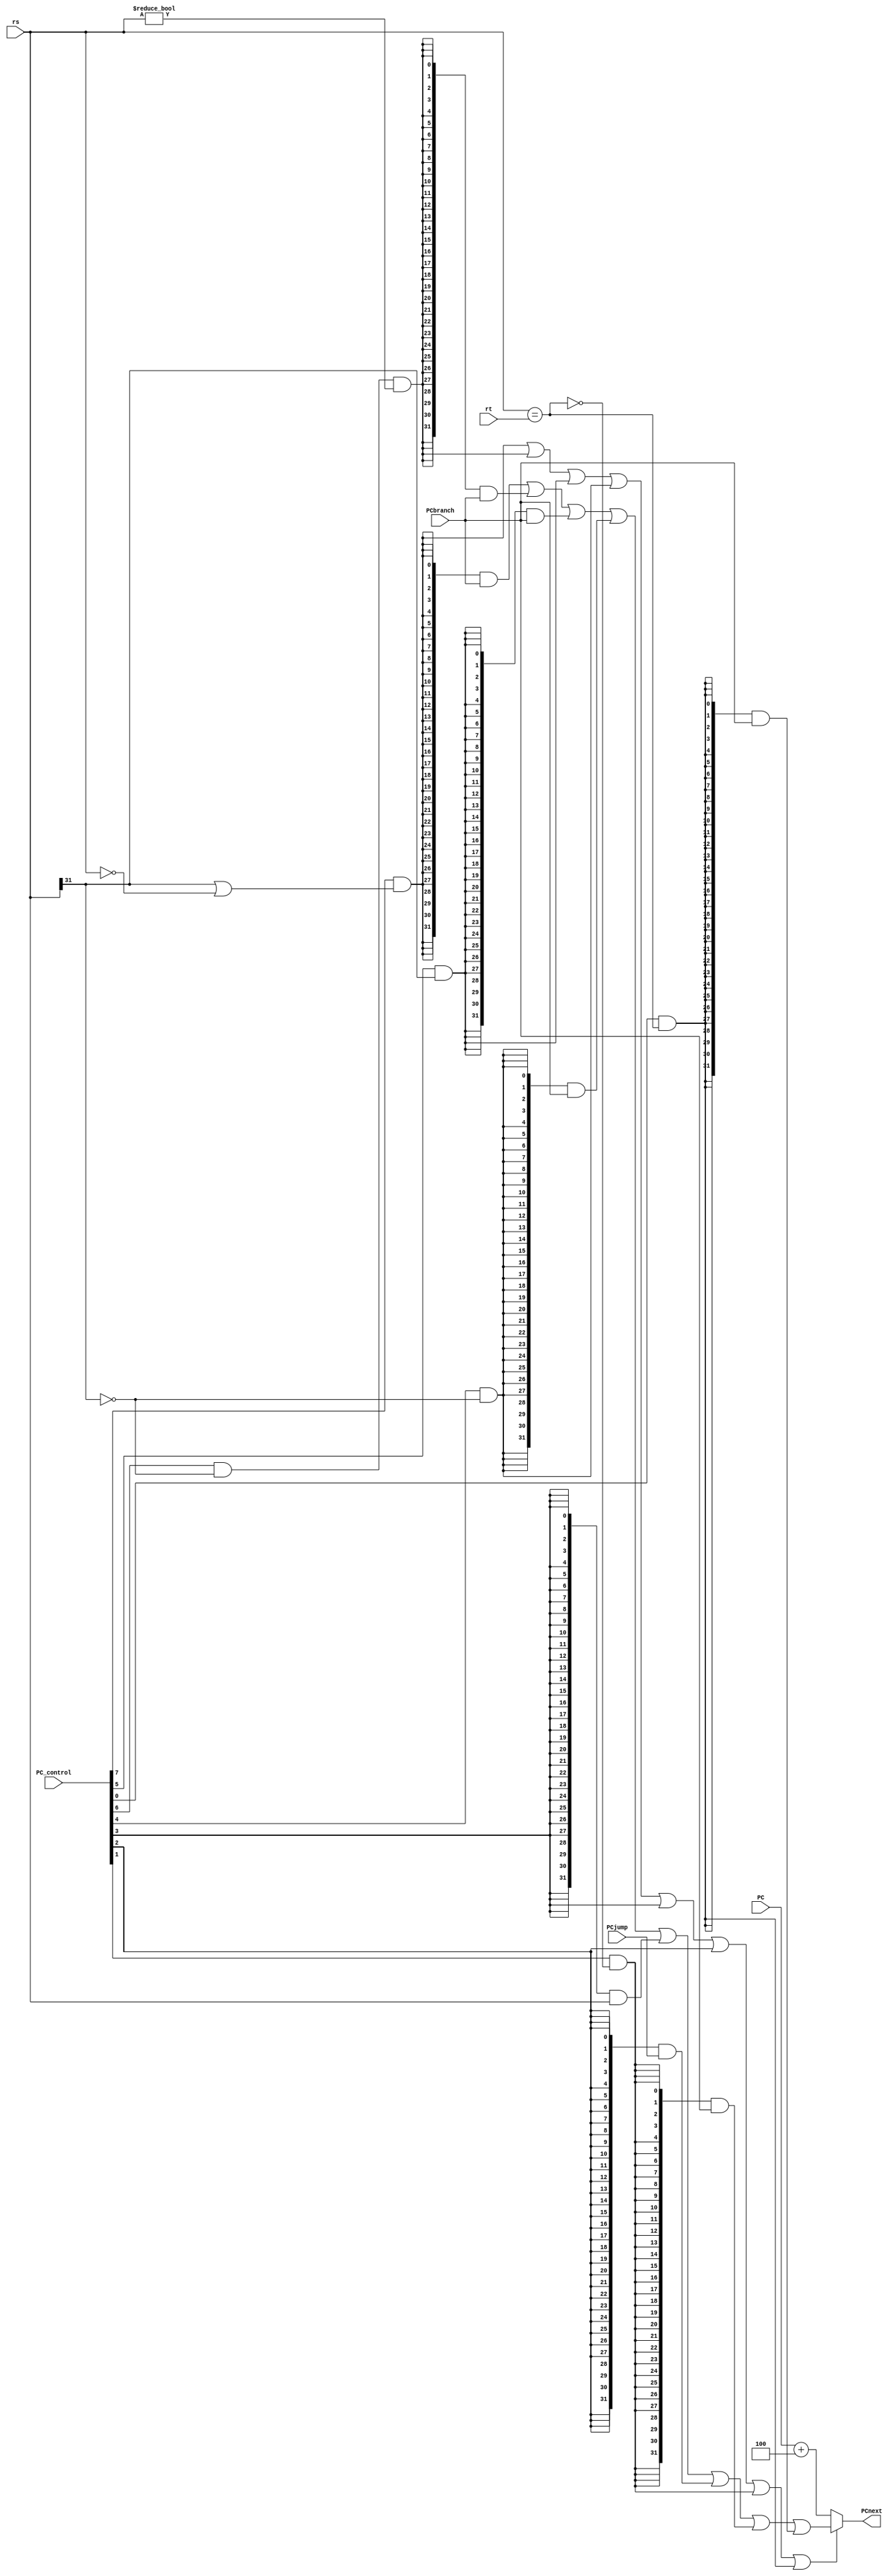
module branch_jump_control(
	input [7:0] PC_control,
	input [31:0] PCbranch,
	input [31:0] PCjump,
	input [31:0] PC,
	input [31:0] rs,
	input [31:0] rt,
	output [31:0] PCnext
	);
wire zero;
wire [31:0] PCbranch_jump;
wire bj;
assign bj =  (PC_control[7]&(rs[31]|(rs==32'd0)))|(PC_control[6]&(~rs[31])&(rs!=32'd0))
          |(PC_control[5]&rs[31]) | (PC_control[4]&(~rs[31])) 
          | PC_control[3] | PC_control[2] | (PC_control[1]&(~zero)) |(PC_control[0]&zero);

assign zero = (rs==rt);
assign PCbranch_jump=({32{PC_control[7]&(rs[31]|(rs==32'd0))}} & PCbranch)//blez
   |({32{PC_control[6]&(~rs[31])&(rs!=32'd0)}} & PCbranch)//bgtz
   |({32{PC_control[5]&rs[31]}} & PCbranch)//bltz
   |({32{PC_control[4]&(~rs[31])}} & PCbranch)//bgez
   |({32{PC_control[3]}} & rs)//jr
   |({32{PC_control[2]}} & PCjump   )//jal
   |({32{PC_control[1]&(~zero)}} & PCbranch)//bne
   |({32{PC_control[0]&zero}} & PCbranch);//beq

assign PCnext=(bj==1'd1)?PCbranch_jump:(PC+32'd4);
endmodule